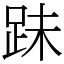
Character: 跊